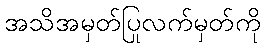
အသိအမှတ်ပြုလက်မှတ်ကို